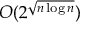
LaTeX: O ( 2 ^ { \sqrt { n \log n } } )